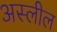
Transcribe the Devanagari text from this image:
अस्लील